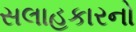
સલાહકારનો